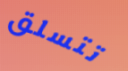
تتسلق